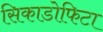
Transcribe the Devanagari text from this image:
सिकाडोफिटा